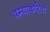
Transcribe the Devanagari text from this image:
दम्याकरिता